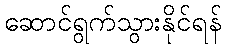
ဆောင်ရွက်သွားနိုင်ရန်